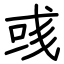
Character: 彧